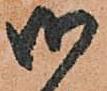
御